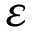
\varepsilon